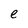
Character: e